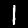
Digit: 1